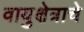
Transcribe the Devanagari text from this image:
वायुक्षेत्राचे